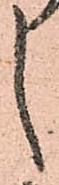
し